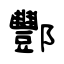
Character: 酆